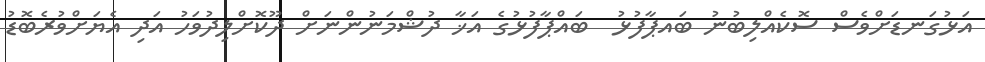
އަޅުގަނޑަށްވެސް ސޮކެއްލިބުނު ބައޕާފުޅު  ބައްޕާފުޅުގެ އަޚާ ދުޝްމަނުންނަށް ދޫކޮށްލިދުވަހު އަދި އެޔަށްވުރެބޮޑު